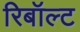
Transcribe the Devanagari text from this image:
रिबॉल्ट